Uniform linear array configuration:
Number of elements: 12
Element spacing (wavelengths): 0.25
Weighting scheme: binomial
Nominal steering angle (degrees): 30
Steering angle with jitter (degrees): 28.916
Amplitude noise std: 0.05
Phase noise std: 0.05

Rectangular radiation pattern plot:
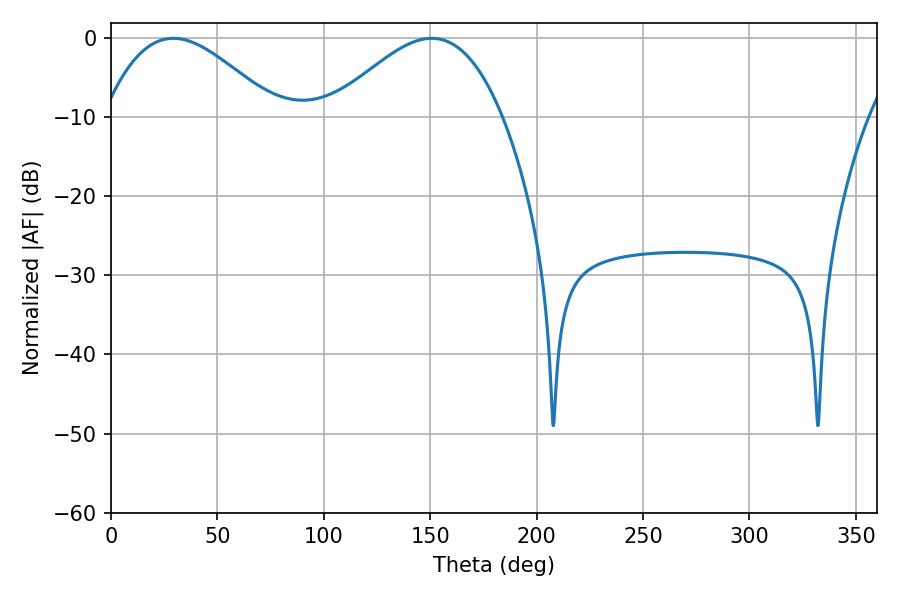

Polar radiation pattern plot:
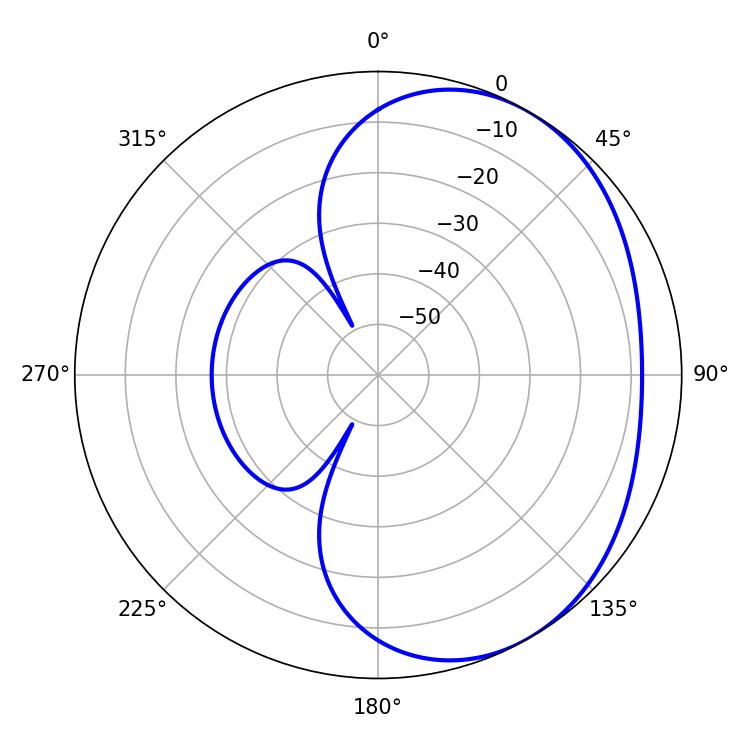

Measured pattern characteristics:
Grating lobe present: FALSE
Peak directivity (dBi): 3.291
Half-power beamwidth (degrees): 43.38
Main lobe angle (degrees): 29.34